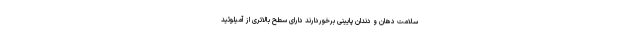
سلامت دهان و دندان پایینی برخوردارند دارای سطح بالاتری از آمیلوئید